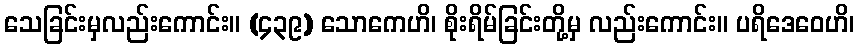
သေခြင်းမှလည်းကောင်း။ (၄၃၉) သောကေဟိ၊ စိုးရိမ်ခြင်းတို့မှ လည်းကောင်း။ ပရိဒေဝေဟိ၊